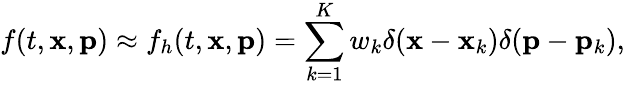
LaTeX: f(t,{\mathbf x},{\mathbf p})\approx f_{h}(t,{\mathbf x},{\mathbf p})=\sum_{k=1}^{K}w_{k}\delta({\mathbf x}-{\mathbf x}_{k})\delta({\mathbf p}-{\mathbf p}_{k}),